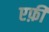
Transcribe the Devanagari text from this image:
एफ़ी